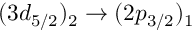
( 3 d _ { 5 / 2 } ) _ { 2 } \rightarrow ( 2 p _ { 3 / 2 } ) _ { 1 }